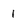
Character: 1